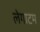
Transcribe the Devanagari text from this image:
लेगाटम